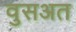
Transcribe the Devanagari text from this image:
वुसअत